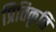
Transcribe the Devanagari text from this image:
प्रितिकृति